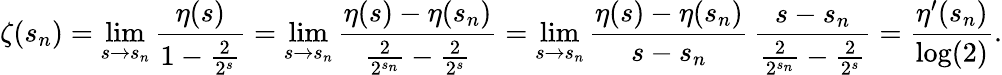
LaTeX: \zeta(s_{n})=\operatorname*{lim}_{s\to s_{n}}{\frac{\eta(s)}{1-{\frac{2}{2^{s}}}}}=\operatorname*{lim}_{s\to s_{n}}{\frac{\eta(s)-\eta(s_{n})}{{\frac{2}{2^{s_{n}}}}-{\frac{2}{2^{s}}}}}=\operatorname*{lim}_{s\to s_{n}}{\frac{\eta(s)-\eta(s_{n})}{s-s_{n}}}\, {\frac{s-s_{n}}{{\frac{2}{2^{s_{n}}}}-{\frac{2}{2^{s}}}}}={\frac{\eta^{\prime}(s_{n})}{\log(2)}}.